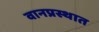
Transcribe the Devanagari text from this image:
वानप्रस्थात